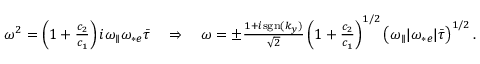
\begin{array} { r } { \omega ^ { 2 } = \left( 1 + \frac { c _ { 2 } } { c _ { 1 } } \right) i { \omega _ { \parallel } } \omega _ { * e } \bar { \tau } \quad \Rightarrow \quad \omega = \pm \frac { 1 + i \mathrm { s g n } ( k _ { y } ) } { \sqrt { 2 } } \left( 1 + \frac { c _ { 2 } } { c _ { 1 } } \right) ^ { 1 / 2 } \left( { \omega _ { \parallel } } | \omega _ { * e } | \bar { \tau } \right) ^ { 1 / 2 } . } \end{array}